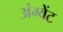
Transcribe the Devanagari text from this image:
अंग्वेंट